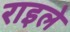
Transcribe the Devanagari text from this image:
राइले